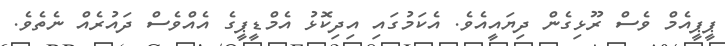
ޕީޕީއެމް ވެސް ރޫޅިގެން ދިޔައީއެވެ. އެކަމުގައި އިދިކޮޅު އެމްޑީޕީގެ އެއްވެސް ދައުރެއް ނެތެވެ.